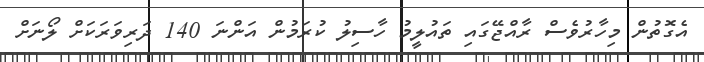
އެގޮތުން މިހާރުވެސް ރާއްޖޭގައި ތައުލީމު ހާސިލު ކުރަމުން އަންނަ 140 ދަރިވަރަކަށް ލޯނަށް